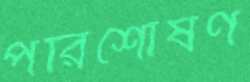
পরিশোষণ